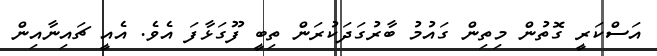
އަސްކަރީ ގޮތުން މިތިން ގައުމު ބާރުގަދަކުރަން ތިބީ ފޫގަޅާފަ އެވެ. އެއީ ޗައިނާއިން